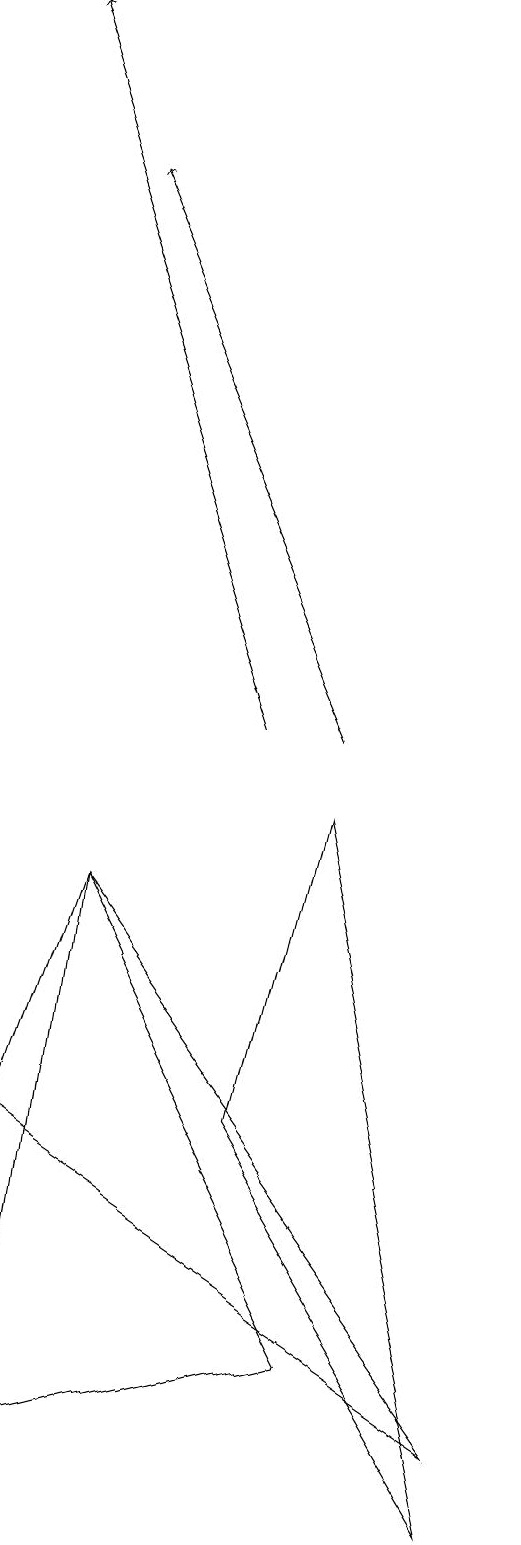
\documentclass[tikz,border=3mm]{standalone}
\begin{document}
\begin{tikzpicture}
\draw (8,1) -- (2,5) -- (3,8) -- cycle;
\draw (6,9) -- (5,5) -- (8,0) -- cycle;
\draw[->] (6,10) -- (3,17);
\draw (2,1) -- (3,8) -- (6,2) -- cycle;
\draw[->] (5,10) -- (2,19);
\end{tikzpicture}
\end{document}